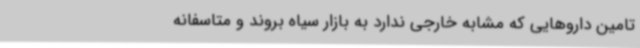
تامین داروهایی که مشابه خارجی ندارد به بازار سیاه بروند و متاسفانه